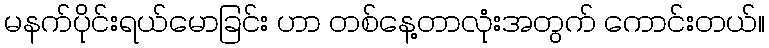
မနက်ပိုင်းရယ်မောခြင်း ဟာ တစ်နေ့တာလုံးအတွက် ကောင်းတယ်။